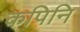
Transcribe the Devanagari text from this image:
कपिनि